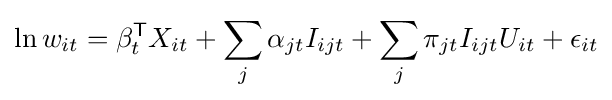
\ln w_{it}=\beta _{t}^{\mathsf {T}}X_{it}+\sum _{j}\alpha _{jt}I_{ijt}+\sum _{j}\pi _{jt}I_{ijt}U_{it}+\epsilon _{it}